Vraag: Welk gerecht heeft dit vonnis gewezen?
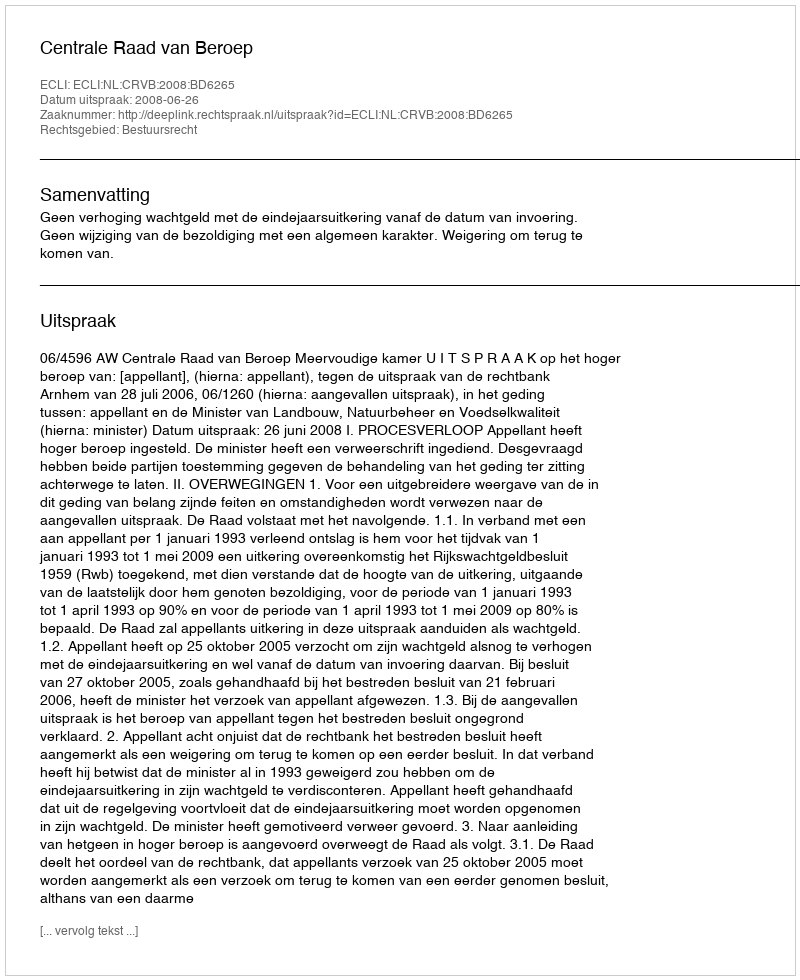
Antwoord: Centrale Raad van Beroep